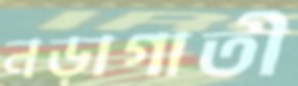
নড়াগাতী